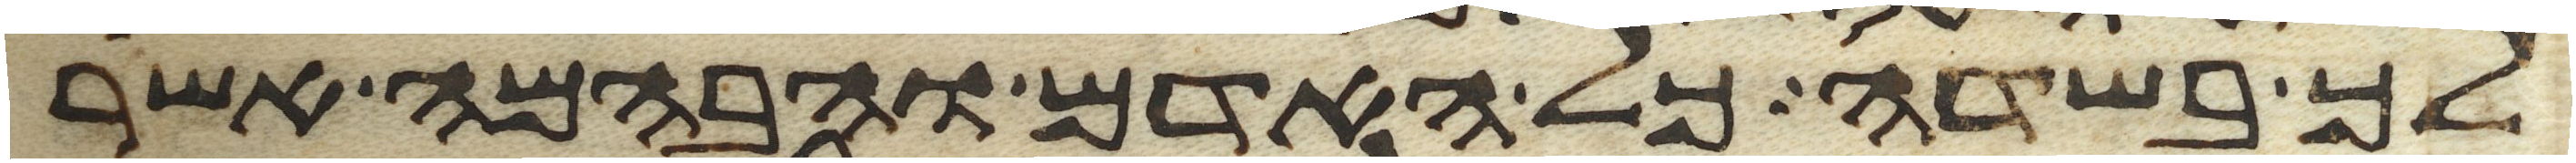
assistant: לך בשדה כל האדם והבהמה אשר